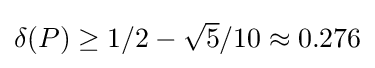
{\textstyle \delta (P)\geq 1/2-{\sqrt {5}}/10\approx 0.276}